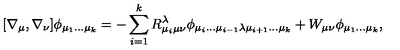
[ \nabla _ { \mu } , \nabla _ { \nu } ] \phi _ { \mu _ { 1 } \dots \mu _ { k } } = - \sum _ { i = 1 } ^ { k } R _ { \mu _ { i } \mu \nu } ^ { \lambda } \phi _ { \mu _ { i } \dots \mu _ { i - 1 } \lambda \mu _ { i + 1 } \dots \mu _ { k } } + W _ { \mu \nu } \phi _ { \mu _ { 1 } \dots \mu _ { k } } ,